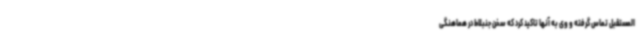
المستقبل تماس گرفته و وی به آنها تاکید کرد که سخن جنبلاط در هماهنگی